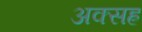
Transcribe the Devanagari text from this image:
अक्सह्र